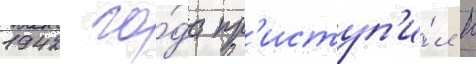
1942 го́да пр'иступ'и́л к